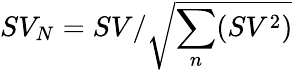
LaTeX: SV_{N}=SV/\sqrt{\sum_{n}(SV^{2})}